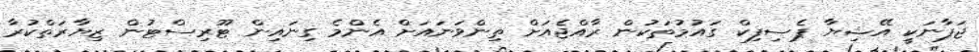
ޖަޕާނަކީ އޭޝިޔާ ޕެސިފިކް ގައުމުތަކުން ރާއްޖެއަށް ތިންވަނައަށް އެންމެ ގިނައިން ޓޫރިސްޓުން ޒިޔާރަތްކުރާ